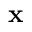
\mathbf { x }